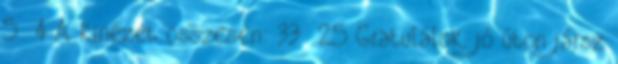
5 4 A kinézet összesen: 33 25 Gratulálok, jó úton jársz